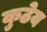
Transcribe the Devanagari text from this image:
कुठेय